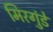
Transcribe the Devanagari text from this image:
मिरगुंडे